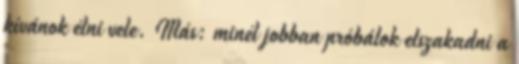
kívánok élni vele. Más: minél jobban próbálok elszakadni a